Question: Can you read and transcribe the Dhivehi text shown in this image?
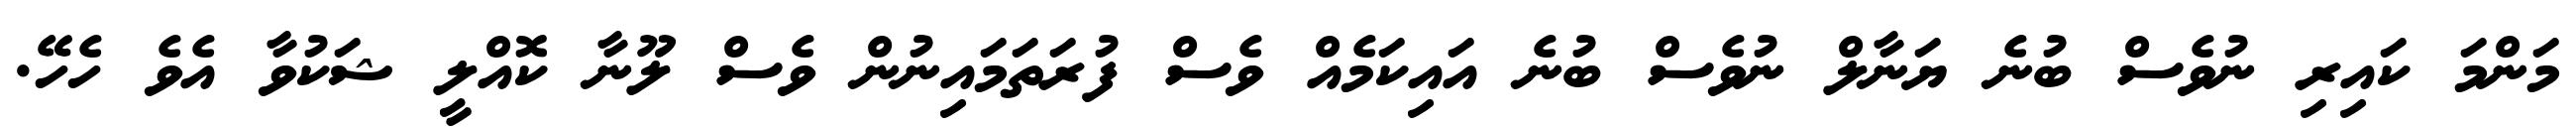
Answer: މަންމަ ކައިރި ނުވެސް ބުނެ ޔަނާލް ނުވެސް ބުނެ އައިކަމެއް ވެސް ފުރަތަމައިނުން ވެސް ލޫނާ ކޮއްލީ ޝަކުވާ އެވެ ހެހޭ.